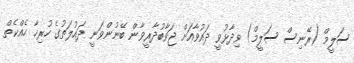
ސަލީމް (ރޭނިސް ސަލީމް) ވިދާޅުވީ ދައުވާއަށް ޖަވާބުދާރީވާން ބޭނުންވަނީ ދައުލަތުގެ ހުރިހާ ހެއްކެތް